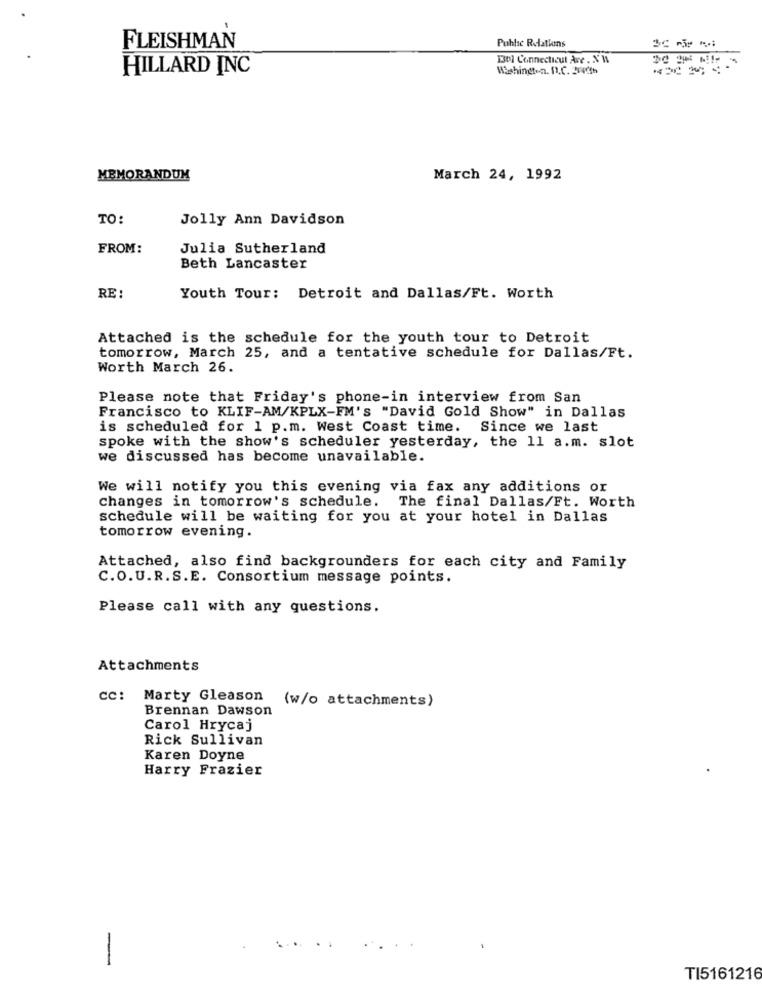
Public Relations
FLEISHMAN
1301 Connecticut Ave . XW
HILLARD INC
Washington. D.C. 274dh
MEMORANDUM
March 24, 1992
TO:
Jolly Ann Davidson
FROM:
Julia Sutherland
Beth Lancaster
RE :
Youth Tour: Detroit and Dallas/Ft. Worth
Attached is the schedule for the youth tour to Detroit
tomorrow, March 25, and a tentative schedule for Dallas/Ft.
Worth March 26.
Please note that Friday's phone-in interview from San
Francisco to KLIF-AM/KPLX-FM's "David Gold Show" in Dallas
is scheduled for 1 p.m. West Coast time. Since we last
spoke with the show's scheduler yesterday, the 11 a.m. slot
we discussed has become unavailable.
We will notify you this evening via fax any additions or
changes in tomorrow's schedule. The final Dallas/Ft. Worth
schedule will be waiting for you at your hotel in Dallas
tomorrow evening.
Attached, also find backgrounders for each city and Family
C.O.U.R.S.E. Consortium message points.
Please call with any questions.
Attachments
cc: Marty Gleason (w/o attachments)
Brennan Dawson
Carol Hrycaj
Rick Sullivan
Karen Doyne
Harry Frazier
...
-
TI5161216